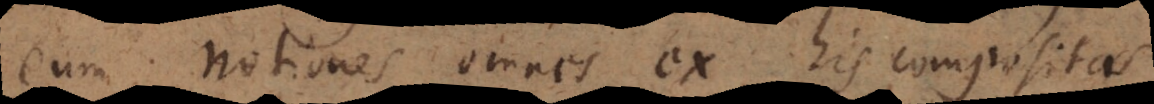
eum notiones omnes ex his compositas